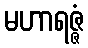
မဟာရဇ္ဇံ